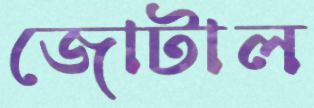
জোটাল